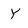
Character: Y